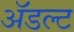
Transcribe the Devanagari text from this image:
ॲडल्ट